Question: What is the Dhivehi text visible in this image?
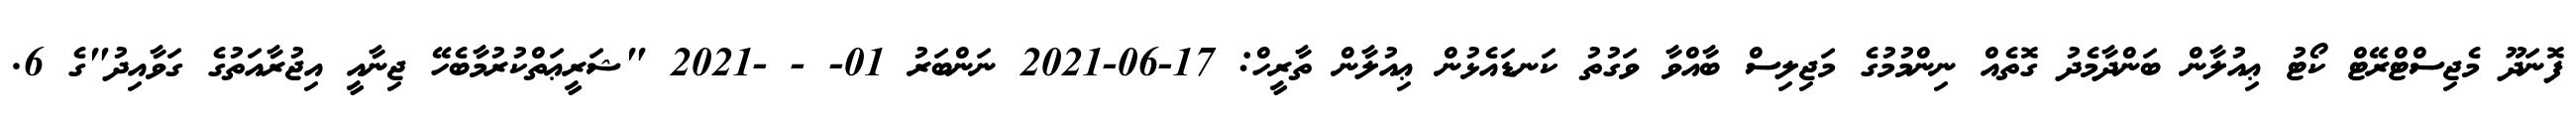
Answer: ފޮނަދޫ މެޖިސްޓްރޭޓް ކޯޓު ޢިއުލާން ބަންދާމެދު ގޮތެއް ނިންމުމުގެ މަޖިލިސް ބާއްވާ ވަގުތު ކަނޑައެޅުން ޢިއުލާން ތާރީހް: 17-06-2021 ނަންބަރު 01- - -2021 "ޝަރީޢަތްކުރުމާބެހޭ ޖިނާއީ އިޖުރާއަތުގެ ގަވާއިދު"ގެ 6.